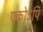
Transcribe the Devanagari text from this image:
एकोऽपि